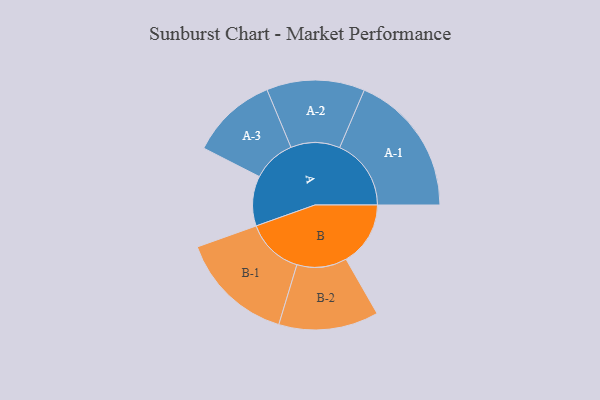
{"axis": {"x": "Segment", "y": "Value"}, "legend": ["", "A", "B"], "data": [{"x": "A", "y": 169, "type": ""}, {"x": "B", "y": 218, "type": ""}, {"x": "A-1", "y": 242, "type": "A"}, {"x": "A-2", "y": 166, "type": "A"}, {"x": "A-3", "y": 146, "type": "A"}, {"x": "B-1", "y": 194, "type": "B"}, {"x": "B-2", "y": 169, "type": "B"}]}